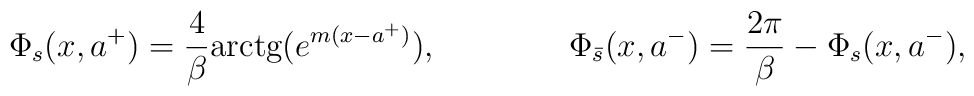
\Phi _{s}(x,a^+)=\frac{4}{\beta }{\textrm{arctg}}(e^{m(x-a^+)}),\qquad \qquad \Phi _{\bar{s}}(x,a^-)=\frac{2\pi }{\beta }-\Phi _{s}(x,a^-),